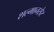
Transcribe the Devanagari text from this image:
शल्मानसेर